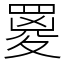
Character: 䍟